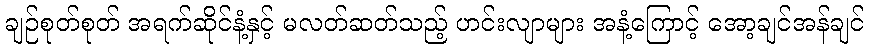
ချဉ်စုတ်စုတ် အရက်ဆိုင်နံ့နှင့် မလတ်ဆတ်သည့် ဟင်းလျာများ အနံ့ကြောင့် အော့ချင်အန်ချင်